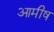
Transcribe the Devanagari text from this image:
आमीष